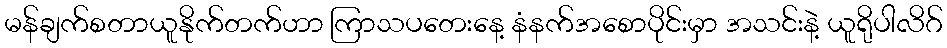
မန်ချက်စတာယူနိုက်တက်ဟာ ကြာသပတေးနေ့ နံနက်အစောပိုင်းမှာ အသင်းနဲ့ ယူရိုပါလိဂ်